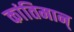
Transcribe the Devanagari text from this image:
कांतिमान्‌